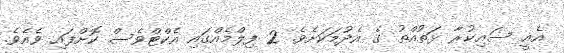
އެއީ ސައިކުރާ ޅަތުއްތު ގެ އެދުމަކަށެވެ. 2 ފިލްމެއްގައި އެކްޓްވެސް ކޮށްފައި ވެއެވެ.